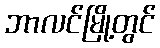
ဘာလင်မြို့တွင်